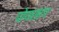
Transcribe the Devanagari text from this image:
पोयसाग